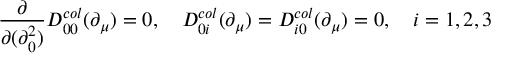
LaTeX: \frac { \partial } { \partial ( \partial _ { 0 } ^ { 2 } ) } D _ { 0 0 } ^ { c o l } ( \partial _ { \mu } ) = 0 , \quad D _ { 0 i } ^ { c o l } ( \partial _ { \mu } ) = D _ { i 0 } ^ { c o l } ( \partial _ { \mu } ) = 0 , \quad i = 1 , 2 , 3